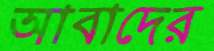
আবাদের